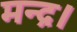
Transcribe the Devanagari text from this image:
मन्द्र।